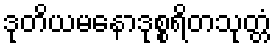
ဒုတိယမနောဒုစ္စရိတသုတ္တံ